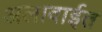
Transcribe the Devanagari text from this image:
अलावाईत